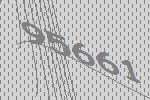
95661